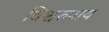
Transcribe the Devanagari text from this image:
विश्वरुपाय